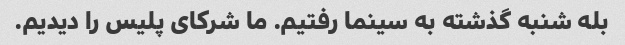
بله شنبه گذشته به سینما رفتیم. ما شرکای پلیس را دیدیم.